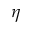
\eta